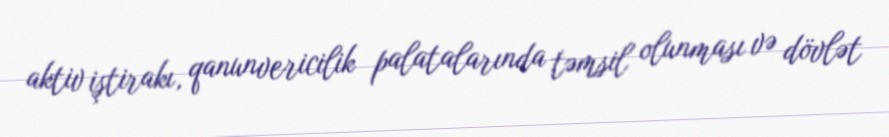
aktiv iştirakı, qanunvericilik palatalarında təmsil olunması və dövlət